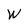
Character: W